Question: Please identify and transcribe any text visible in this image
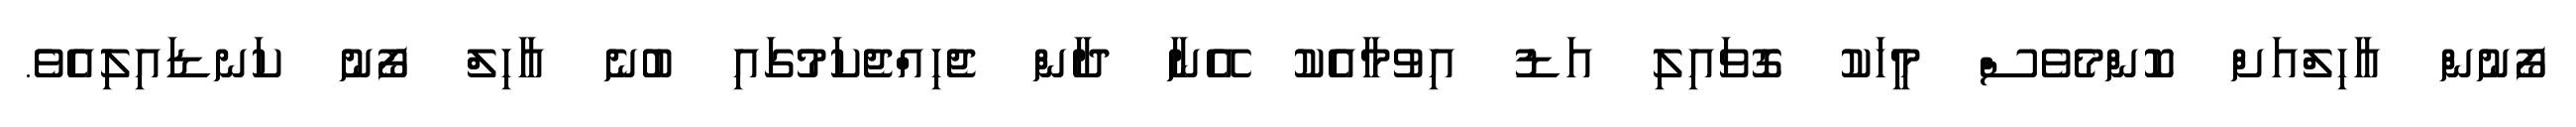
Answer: ފޯނުން އާހިލްއަށް ކޮންމެވެސް މީހަކު ގޮވައިލި އަޑު އިވުމާއެކު އޭނާ ދާން ޖެހިއްޖެކަމުގައި ބުނެ އާހިލް ފޯނު ކަނޑައިލިއެވެ.